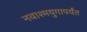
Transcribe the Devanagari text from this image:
नवाश्मयुगापर्यंत